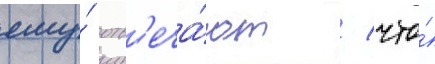
ему́ отв'еча́ют / что́